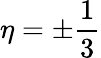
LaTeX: \eta=\pm\frac{1}{3}